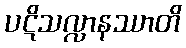
ပဋိသလ္လာနဿာတိ